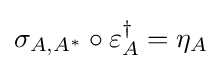
\sigma _{A,A^{*}}\circ \varepsilon _{A}^{\dagger }=\eta _{A}